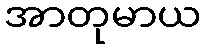
အာတုမာယ